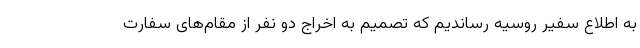
به اطلاع سفیر روسیه رساندیم که تصمیم به اخراج دو نفر از مقام‌های سفارت